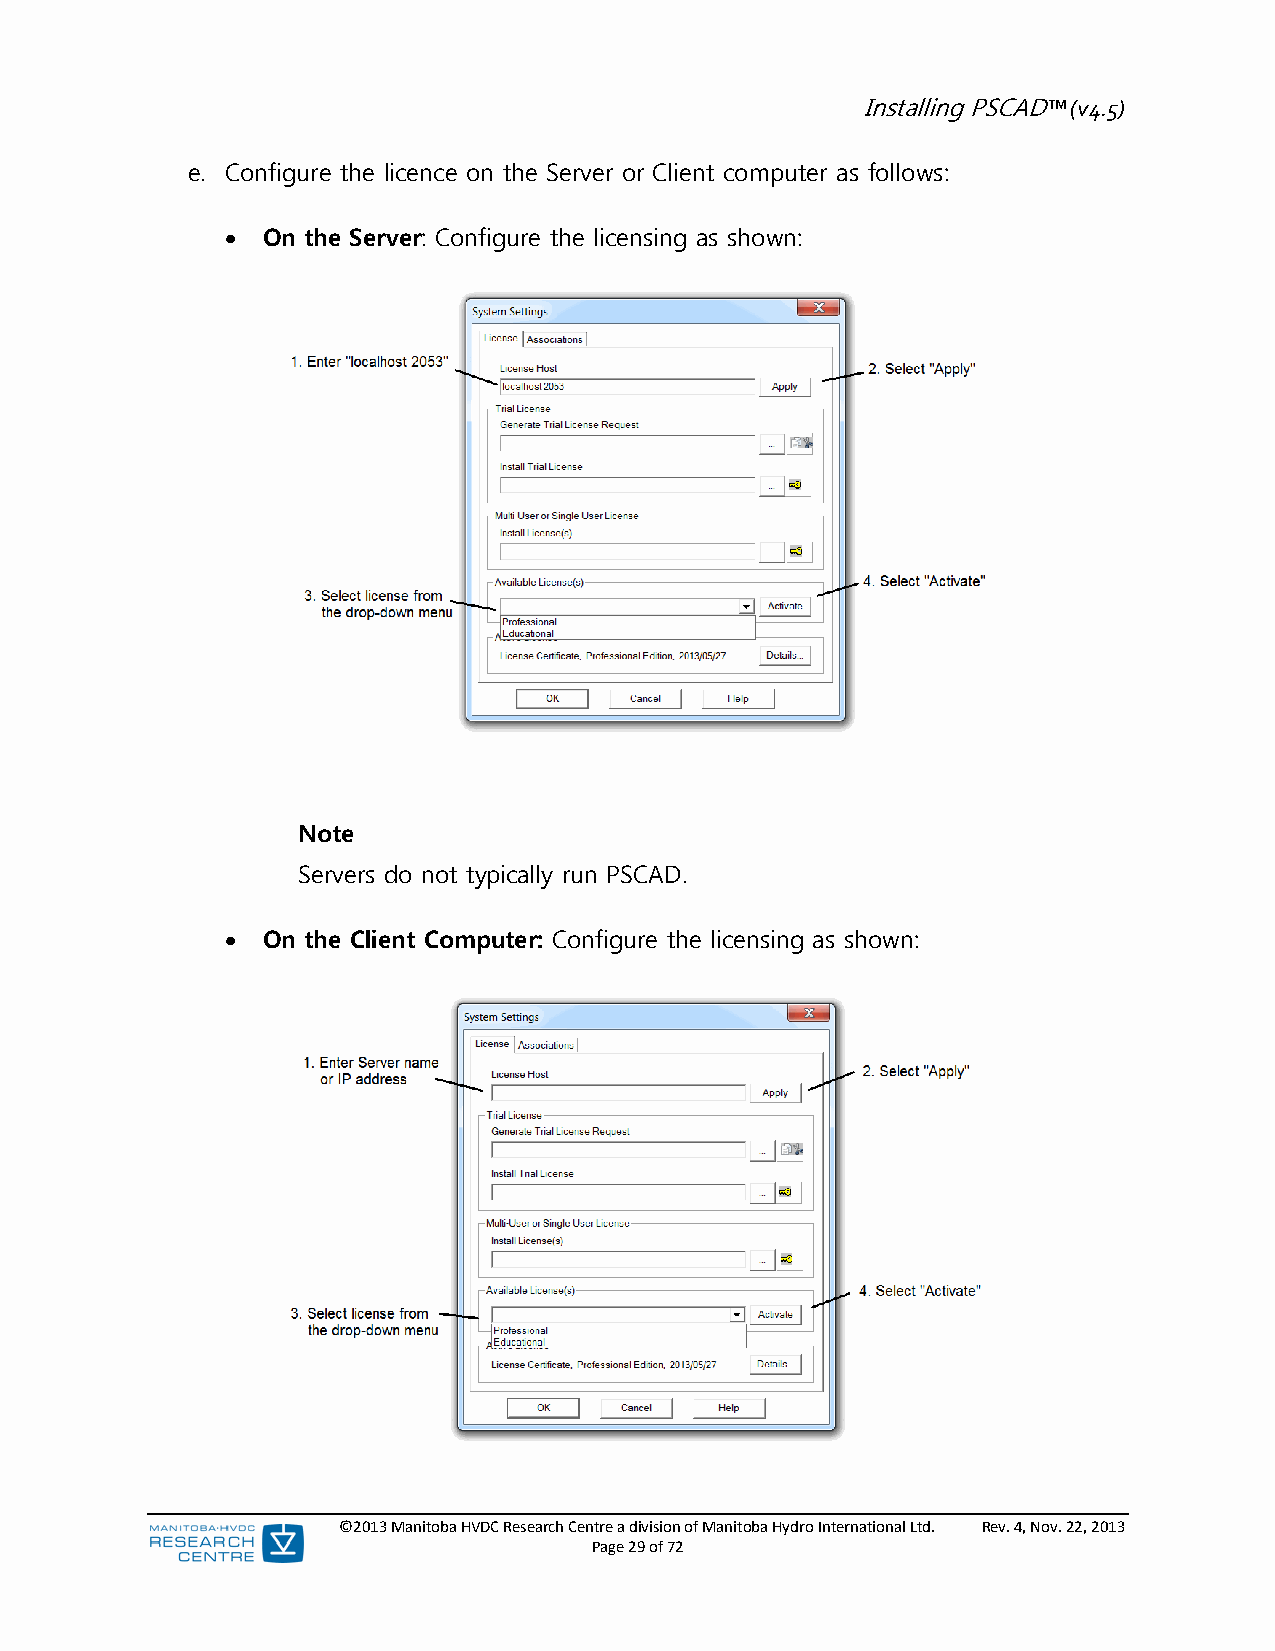
Installing PSCAD™ (v4.5)
 e. Configure the licence on the Server or Client computer as follows:
  On the Server: Configure the licensing as shown:
 Note
 Servers do not typically run PSCAD.
  On the Client Computer: Configure the licensing as shown:
 ©2013 Manitoba HVDC Research Centre a division of Manitoba Hydro International Ltd. Rev. 4, Nov. 22, 2013
 Page 29 of 72